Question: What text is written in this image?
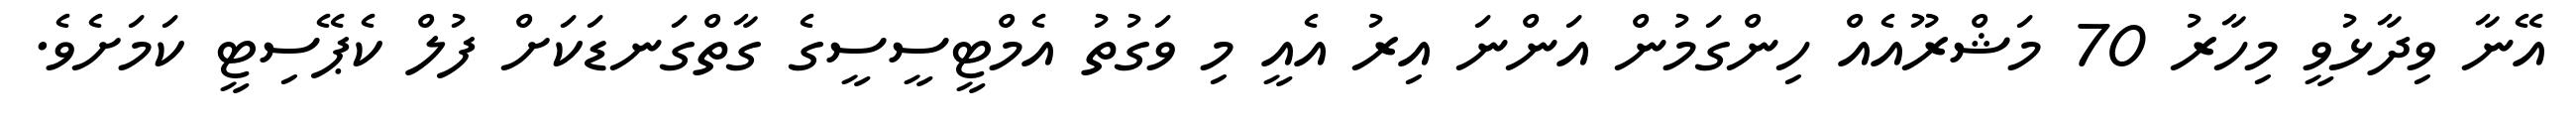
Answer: އޭނާ ވިދާޅުވީ މިހާރު 70 މަޝްރޫއެއް ހިންގަމުން އަންނަ އިރު އެއީ މި ވަގުތު އެމްޓީސީސީގެ ގާތްގަނޑަކަށް ފުލް ކެޕޭސިޓީ ކަމަށެވެ.